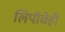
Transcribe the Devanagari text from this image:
लिपीचेही